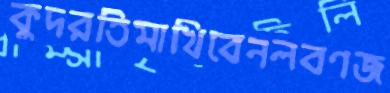
কুদরতিমাখিবেনলবণজ